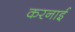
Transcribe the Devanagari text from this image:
करनाई